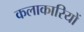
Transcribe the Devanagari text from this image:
कलाकारियों